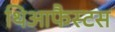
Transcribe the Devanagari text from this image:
थिआफैस्टस